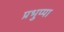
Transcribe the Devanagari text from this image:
प्रभुप्पा